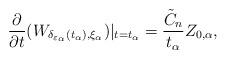
LaTeX: \begin{align*}\dfrac{\partial}{\partial t}(W_{\delta_{\varepsilon_\alpha}(t_\alpha),\xi_\alpha})|_{t=t_\alpha}=\dfrac{\tilde{C}_n}{t_\alpha}Z_{0,\alpha},\end{align*}